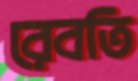
রেবতি